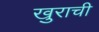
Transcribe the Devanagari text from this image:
खुराची